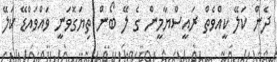
ދެން ކަލޭ ކީއްވެތް ރައީސްޔާމީން ގެ ލޭ ބޯން ތިޔަގޮވަނީ ވައްވައްޑޭ ކަލޭ